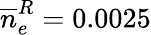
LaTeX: \overline{n}_{e}^{R}=0.0025